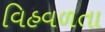
વિહવળતા